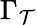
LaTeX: \Gamma_{\mathcal{T}}